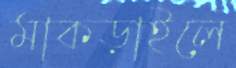
মাকড়াইলে